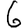
Digit: 6